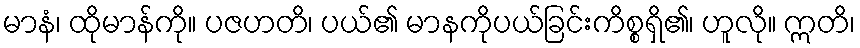
မာနံ၊ ထိုမာန်ကို။ ပဇဟတိ၊ ပယ်၏ မာနကိုပယ်ခြင်းကိစ္စရှိ၏၊ ဟူလို။ ဣတိ၊